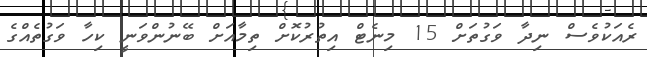
ރެއަކުވެސް ނިދާ ވަގުތަށް 15 މިނެޓް އިތުރުކޮށް ތިމާއަށް ބޭނުންވަނީ ކިހާ ވަގުތެއްގެ